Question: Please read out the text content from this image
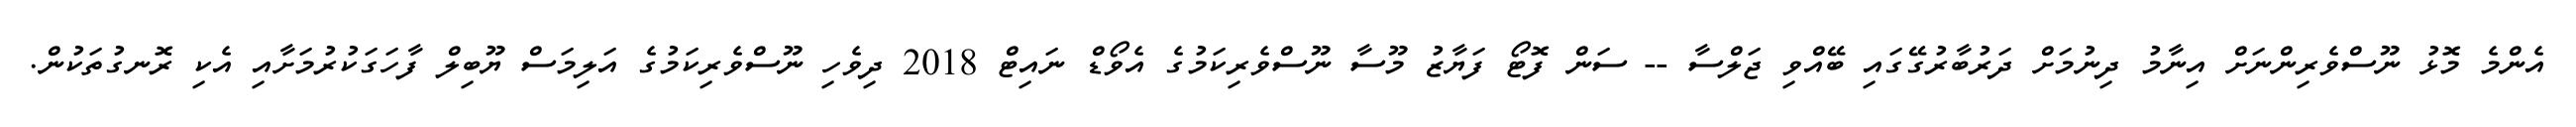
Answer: އެންމެ މޮޅު ނޫސްވެރިންނަށް އިނާމު ދިނުމަށް ދަރުބާރުގޭގައި ބޭއްވި ޖަލްސާ -- ސަން ފޮޓޯ ފަޔާޒު މޫސާ ނޫސްވެރިކަމުގެ އެވޯޑް ނައިޓް 2018 ދިވެހި ނޫސްވެރިކަމުގެ އަލިމަސް ޔޫބިލް ފާހަގަކުރުމަށާއި އެކި ރޮނގުތަކުން.